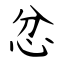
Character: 忿